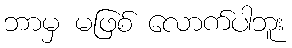
ဘာမှ မဖြစ် လောက်ပါဘူး